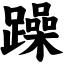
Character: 躁